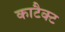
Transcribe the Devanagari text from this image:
काटैक्ट